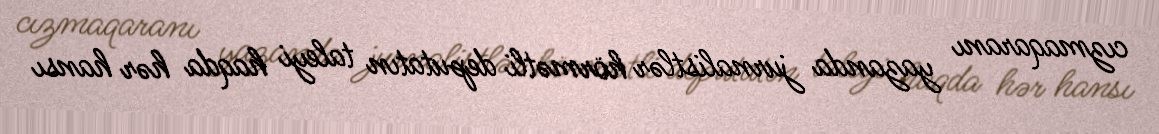
cızmaqaranı yazanda jurnalistlər hörmətli deputatın taleyi haqda hər hansı